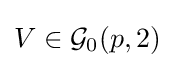
V\in {\mathcal {G}}_{0}(p,2)